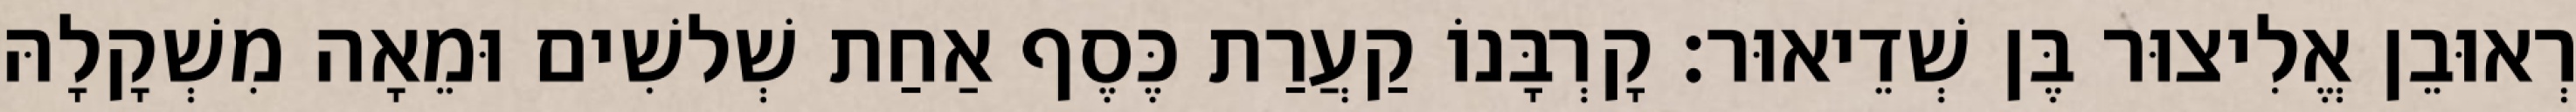
רְאוּבֵן אֱלִיצוּר בֶּן שְׁדֵיאוּר׃ קָרְבָּנוֹ קַעֲרַת כֶּסֶף אַחַת שְׁלשִׁים וּמֵאָה מִשְׁקָלָהּ